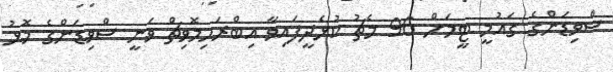
ސްވިޑަންގެ ގައުމީ ޓީމަށް 96 މެޗު ކުޅެދީފައިވާ އިބްރަހިމޮވިޗް ވަނީ ސްވިޑަންގެ މޮޅު